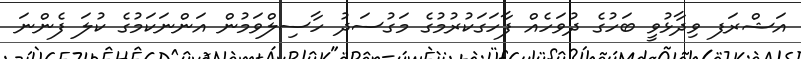
އަޝްރަފ ވިދާޅުވީ ބަހުގެ ދުވަހެއް ފާހަގަކުރުމުގެ މަގުސަދު ހާސިލްވަމުން އަންނަކަމުގެ ކުލަ ފެންނަ